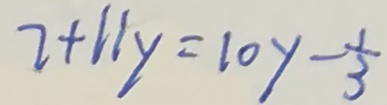
2 + 1 1 y = 1 0 y - \frac { 1 } { 3 }